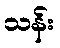
သန်း